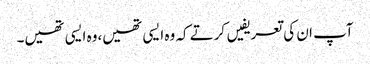
آپ ان کی تعریفیں کرتے کہ وہ ایسی تھیں،وہ ایسی تھیں۔